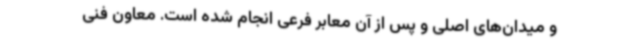
و میدان‌های اصلی و پس ‌از آن معابر فرعی انجام ‌شده است. معاون فنی